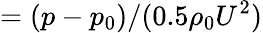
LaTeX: =(p-p_{0})/(0.5\rho_{0}U^{2})